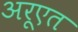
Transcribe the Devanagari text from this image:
अरूएत